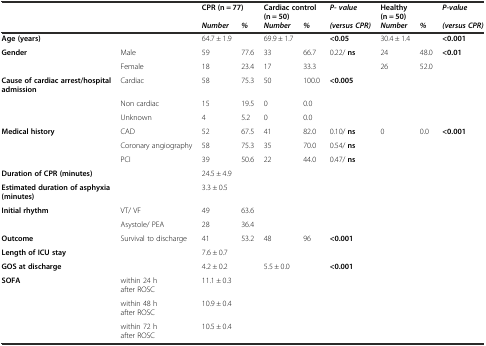
<table><thead><tr><td></td><td></td><td colspan="2"><b>CPR (n = 77)</b></td><td colspan="2"><b>Cardiac control (n = 50)</b></td><td><b><i>P- value</i></b></td><td colspan="2"><b>Healthy (n = 50)</b></td><td><b><i>P-value</i></b></td></tr></thead><tbody><tr><td></td><td></td><td><b><i>Number</i></b></td><td><b><i>%</i></b></td><td><b><i>Number</i></b></td><td><b><i>%</i></b></td><td><b><i>(versus CPR)</i></b></td><td><b><i>Number</i></b></td><td><b><i>%</i></b></td><td><b><i>(versus CPR)</i></b></td></tr><tr><td><b>Age (years)</b></td><td></td><td>64.7 ± 1.9</td><td></td><td>69.9 ± 1.7</td><td></td><td><b>&lt;0.05</b></td><td>30.4 ± 1.4</td><td></td><td><b>&lt;0.001</b></td></tr><tr><td><b>Gender</b></td><td>Male</td><td>59</td><td>77.6</td><td>33</td><td>66.7</td><td>0.22/ <b>ns</b></td><td>24</td><td>48.0</td><td><b>&lt;0.01</b></td></tr><tr><td></td><td>Female</td><td>18</td><td>23.4</td><td>17</td><td>33.3</td><td></td><td>26</td><td>52.0</td><td></td></tr><tr><td><b>Cause of cardiac arrest/hospital admission</b></td><td>Cardiac</td><td>58</td><td>75.3</td><td>50</td><td>100.0</td><td><b>&lt;0.005</b></td><td></td><td></td><td></td></tr><tr><td></td><td>Non cardiac</td><td>15</td><td>19.5</td><td>0</td><td>0.0</td><td></td><td></td><td></td><td></td></tr><tr><td></td><td>Unknown</td><td>4</td><td>5.2</td><td>0</td><td>0.0</td><td></td><td></td><td></td><td></td></tr><tr><td><b>Medical history</b></td><td>CAD</td><td>52</td><td>67.5</td><td>41</td><td>82.0</td><td>0.10/ <b>ns</b></td><td>0</td><td>0.0</td><td><b>&lt;0.001</b></td></tr><tr><td></td><td>Coronary angiography</td><td>58</td><td>75.3</td><td>35</td><td>70.0</td><td>0.54/ <b>ns</b></td><td></td><td></td><td></td></tr><tr><td></td><td>PCI</td><td>39</td><td>50.6</td><td>22</td><td>44.0</td><td>0.47/ <b>ns</b></td><td></td><td></td><td></td></tr><tr><td><b>Duration of CPR (minutes)</b></td><td></td><td>24.5 ± 4.9</td><td></td><td></td><td></td><td></td><td></td><td></td><td></td></tr><tr><td><b>Estimated duration of asphyxia (minutes)</b></td><td></td><td>3.3 ± 0.5</td><td></td><td></td><td></td><td></td><td></td><td></td><td></td></tr><tr><td><b>Initial rhythm</b></td><td>VT/ VF</td><td>49</td><td>63.6</td><td></td><td></td><td></td><td></td><td></td><td></td></tr><tr><td></td><td>Asystole/ PEA</td><td>28</td><td>36.4</td><td></td><td></td><td></td><td></td><td></td><td></td></tr><tr><td><b>Outcome</b></td><td>Survival to discharge</td><td>41</td><td>53.2</td><td>48</td><td>96</td><td><b>&lt;0.001</b></td><td></td><td></td><td></td></tr><tr><td><b>Length of ICU stay</b></td><td></td><td>7.6 ± 0.7</td><td></td><td></td><td></td><td></td><td></td><td></td><td></td></tr><tr><td><b>GOS at discharge</b></td><td></td><td>4.2 ± 0.2</td><td></td><td>5.5 ± 0.0</td><td></td><td><b>&lt;0.001</b></td><td></td><td></td><td></td></tr><tr><td><b>SOFA</b></td><td>within 24 h after ROSC</td><td>11.1 ± 0.3</td><td></td><td></td><td></td><td></td><td></td><td></td><td></td></tr><tr><td></td><td>within 48 h after ROSC</td><td>10.9 ± 0.4</td><td></td><td></td><td></td><td></td><td></td><td></td><td></td></tr><tr><td></td><td>within 72 h after ROSC</td><td>10.5 ± 0.4</td><td></td><td></td><td></td><td></td><td></td><td></td><td></td></tr></tbody></table>